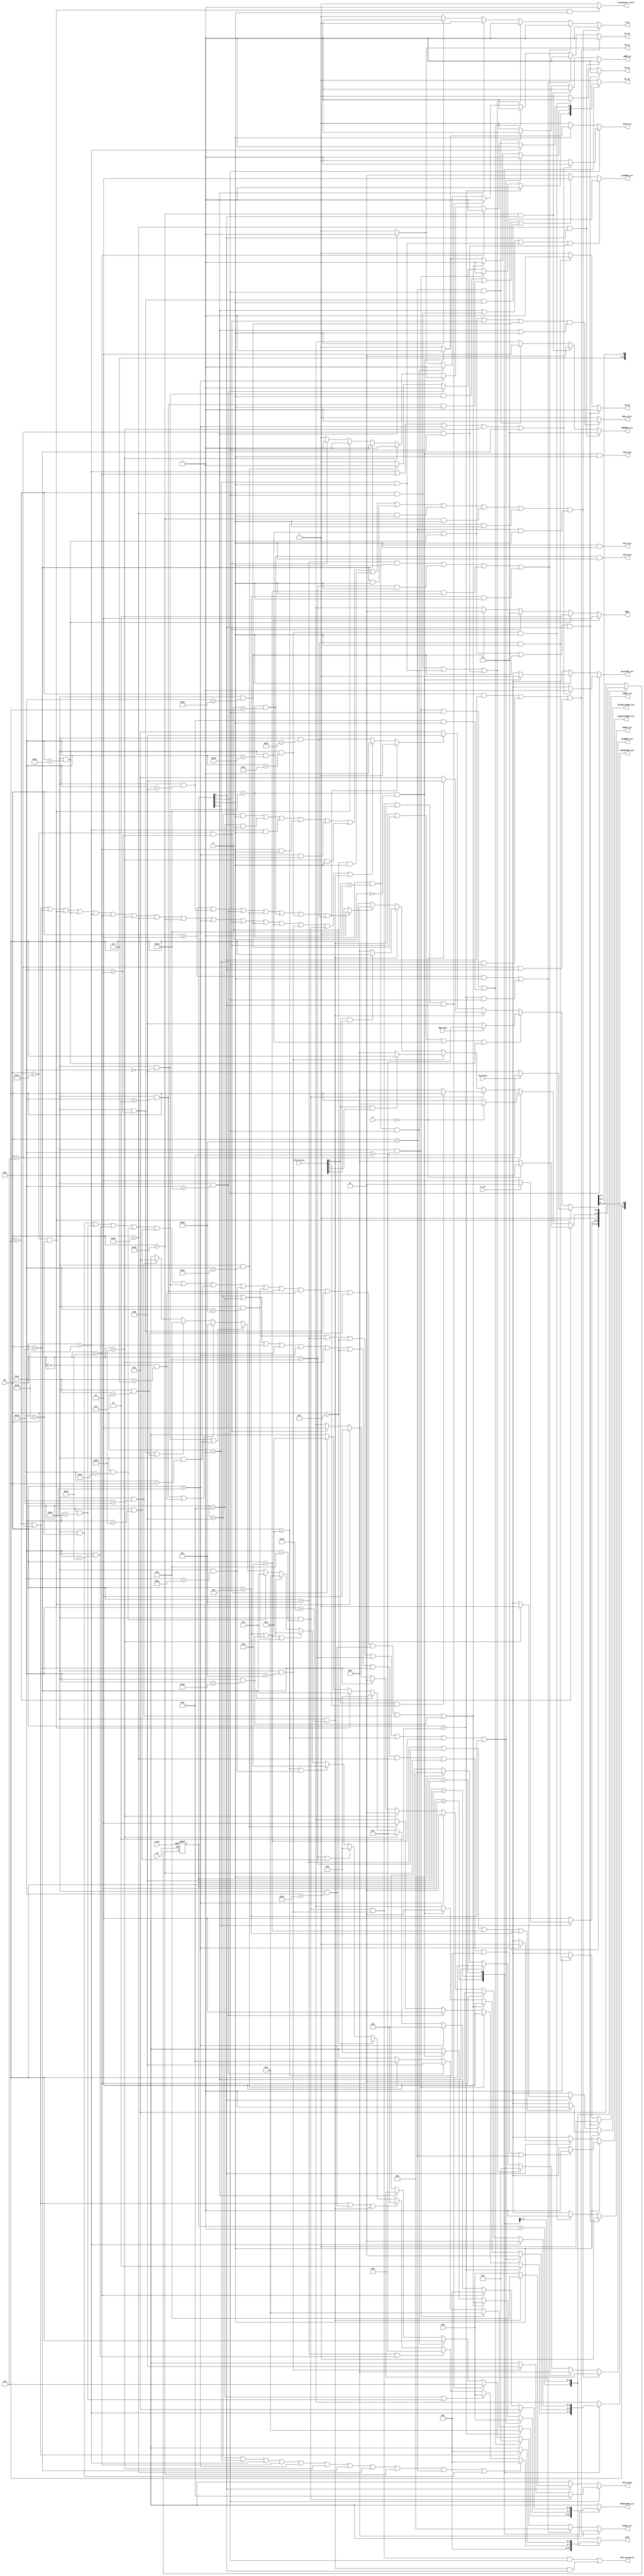
`define ALUC_ADDU 4'b0000
`define ALUC_ADD 4'b0010
`define ALUC_SUBU 4'b0001
`define ALUC_SUB 4'b0011
`define ALUC_AND 4'b0100
`define ALUC_OR 4'b0101
`define ALUC_XOR 4'b0110
`define ALUC_NOR 4'b0111
`define ALUC_LUI 4'b100x
`define ALUC_SLT 4'b1011
`define ALUC_SLTU 4'b1010
`define ALUC_SRA 4'b1100
`define ALUC_SLL 4'b111x
`define ALUC_SRL 4'b1101

`define MDUC_MULT 2'b00
`define MDUC_MULTU 2'b01
`define MDUC_DIV 2'b10
`define MDUC_DIVU 2'b11

`define OP_000000 6'b000000
`define FUNC_ADD 6'b100000//==`FUNC_CLZ
`define FUNC_ADDU 6'b100001
`define FUNC_SUB 6'b100010
`define FUNC_SUBU 6'b100011
`define FUNC_AND 6'b100100
`define FUNC_OR 6'b100101
`define FUNC_XOR 6'b100110
`define FUNC_NOR 6'b100111
`define FUNC_SLT 6'b101010
`define FUNC_SLTU 6'b101011
`define FUNC_SLL 6'b000000
`define FUNC_SRL 6'b000010//==`FUNC_MUL
`define FUNC_SRA 6'b000011
`define FUNC_SLLV 6'b000100
`define FUNC_SRLV 6'b000110
`define FUNC_SRAV 6'b000111
`define FUNC_JR 6'b001000
`define FUNC_DIV 6'b011010
`define FUNC_DIVU 6'b011011
`define FUNC_MULTU 6'b011001
`define FUNC_JALR 6'b001001
`define FUNC_MFHI 6'b010000
`define FUNC_MFLO 6'b010010
`define FUNC_MTHI 6'b010001
`define FUNC_MTLO 6'b010011
`define FUNC_SYSCALL 6'b001100
`define FUNC_TEQ 6'b110100
`define FUNC_BREAK 6'b001101

`define OP_010000 6'b010000
`define RS_ERET 5'b10000
`define RS_MFC0 5'b00000
`define RS_MTC0 5'b00100

`define OP_011100 6'b011100
`define FUNC_MUL 6'b000010
`define FUNC_CLZ 6'b100000

`define OP_ADDI 6'b001000
`define OP_ADDIU 6'b001001
`define OP_ANDI 6'b001100
`define OP_ORI 6'b001101
`define OP_XORI 6'b001110
`define OP_LW 6'b100011
`define OP_SW 6'b101011
`define OP_BEQ 6'b000100
`define OP_BNE 6'b000101
`define OP_SLTI 6'b001010
`define OP_SLTIU 6'b001011
`define OP_LUI 6'b001111
`define OP_J 6'b000010
`define OP_JAL 6'b000011
`define OP_LB 6'b100000
`define OP_LBU 6'b100100
`define OP_LH 6'b100001
`define OP_LHU 6'b100101
`define OP_SB 6'b101000
`define OP_SH 6'b101001
`define OP_BGEZ 6'b000001

module ControlUnit(
	input clk,
	input reset,
	input [5:0]op,
	input [4:0]rs,
	input [5:0]func,
	input [31:0]Z,
	input rs_31,
	input CLZ_busy,
	input MDU_busy,
	input [31:0]CP0_status,
	output reg [2:0]PCMUX_sel,
	output reg PC_we,
	output reg IR_we,
	//output reg DMEM_CS,
	//output reg DMEM_R,
	output reg DMEM_we,
	output reg [1:0]DMEMMUX_sel,
	output reg RF_we,
	output reg [1:0]RFAddrMUX_sel,
	output reg [3:0]RFDataMUX_sel,
	output reg [1:0]ALUAMUX_sel,
	output reg [2:0]ALUBMUX_sel,
	output reg [3:0]ALUC,
	output reg Z_we,
	output reg MDU_start,
	output reg [1:0]MDUC,
	output reg SaverMUX_sel,
	output reg Saver_we,
	output reg SignExt16MUX_sel,
	output reg ZeroExt16MUX_sel,
	output reg CLZCounter_start,
	output reg HIMUX_sel,
	output reg HI_we,
	output reg LOMUX_sel,
	output reg LO_we,
	output CP0_mfc0,
	output CP0_mtc0,
	output CP0_exception,
	output CP0_eret,
	output reg [3:0]CP0_cause
);
	
	wire ADDI = (op == `OP_ADDI);
	wire ADDIU = (op == `OP_ADDIU);
	wire ANDI = (op == `OP_ANDI);
	wire ORI = (op == `OP_ORI);
	wire SLTIU = (op == `OP_SLTIU);
	wire LUI = (op == `OP_LUI);
	wire XORI = (op == `OP_XORI);
	wire SLTI = (op == `OP_SLTI);
	wire ADDU = (op == `OP_000000 && func == `FUNC_ADDU);
	wire AND = (op == `OP_000000 && func == `FUNC_AND);
	wire BEQ = (op == `OP_BEQ);
	wire BNE = (op == `OP_BNE);
	wire J = (op == `OP_J);
	wire JAL = (op == `OP_JAL);
	wire JR = (op == `OP_000000 && func == `FUNC_JR);
	wire LW = (op == `OP_LW);
	wire XOR = (op == `OP_000000 && func == `FUNC_XOR);
	wire NOR = (op == `OP_000000 && func == `FUNC_NOR);
	wire OR = (op == `OP_000000 && func == `FUNC_OR);
	wire SLL = (op == `OP_000000 && func == `FUNC_SLL);
	wire SLLV = (op == `OP_000000 && func == `FUNC_SLLV);
	wire SLTU = (op == `OP_000000 && func == `FUNC_SLTU);
	wire SRA = (op == `OP_000000 && func == `FUNC_SRA);
	wire SRL = (op == `OP_000000 && func == `FUNC_SRL);
	wire SUBU = (op == `OP_000000 && func == `FUNC_SUBU);
	wire SW = (op == `OP_SW);
	wire ADD = (op == `OP_000000 && func == `FUNC_ADD);
	wire SUB = (op == `OP_000000 && func == `FUNC_SUB);
	wire SLT = (op == `OP_000000 && func == `FUNC_SLT);
	wire SRLV = (op == `OP_000000 && func == `FUNC_SRLV);
	wire SRAV = (op == `OP_000000 && func == `FUNC_SRAV);
	wire CLZ = (op == `OP_011100 && func == `FUNC_CLZ);
	wire DIVU = (op == `OP_000000 && func == `FUNC_DIVU);
	wire ERET = (op == `OP_010000 && rs == `RS_ERET);
	wire JALR = (op == `OP_000000 && func == `FUNC_JALR);
	wire LB = (op == `OP_LB);
	wire LBU = (op == `OP_LBU);
	wire LHU = (op == `OP_LHU);
	wire SB = (op == `OP_SB);
	wire SH = (op == `OP_SH);
	wire LH = (op == `OP_LH);
	wire MFC0 = (op == `OP_010000 && rs == `RS_MFC0);
	wire MFHI = (op == `OP_000000 && func == `FUNC_MFHI);
	wire MFLO = (op == `OP_000000 && func == `FUNC_MFLO);
	wire MTC0 = (op == `OP_010000 && rs == `RS_MTC0);
	wire MTHI = (op == `OP_000000 && func == `FUNC_MTHI);
	wire MTLO = (op == `OP_000000 && func == `FUNC_MTLO);
	wire MUL = (op == `OP_011100 && func == `FUNC_MUL);
	wire MULTU = (op == `OP_000000 && func == `FUNC_MULTU);
	wire SYSCALL = (op == `OP_000000 && func == `FUNC_SYSCALL);
	wire TEQ = (op == `OP_000000 && func == `FUNC_TEQ);
	wire BGEZ = (op == `OP_BGEZ);
	wire BREAK = (op == `OP_000000 && func == `FUNC_BREAK);
	wire DIV = (op == `OP_000000 && func == `FUNC_DIV);

	assign Z_zero = (Z == 32'b0);

	reg cycle2;
	reg cycle3;
	reg cycle4;
	always @(*) begin
		if(J | JR | MFHI | MFLO | MTC0 | MTHI | MTLO) begin
			//2
			cycle2 = 1;
			cycle3 = 0;
			cycle4 = 0;
		end else if(BEQ | BNE | LW | CLZ | DIVU | LB | LBU | LHU | SB | SH | LH | MUL | MULTU | DIV | SYSCALL | BREAK | TEQ) begin
			//4
			cycle2 = 0;
			cycle3 = 0;
			cycle4 = 1;
		end else begin
			//3
			cycle2 = 0;
			cycle3 = 1;
			cycle4 = 0;
		end
	end

	parameter t1 = 4'b0001;
	parameter t2 = 4'b0010;
	parameter t3 = 4'b0100;
	parameter t4 = 4'b1000;
	reg [3:0]current_state = t1;
	reg [3:0]next_state;
	//
	always @(posedge clk or posedge reset) begin
		if(reset) begin
			current_state <= t1;
		end else begin
			current_state <= next_state;
		end
	end

	always @(*) begin
		case(current_state)
			t1: begin
				if(BGEZ) begin
					if(rs_31) begin
						//rs
						next_state = t1;
					end else begin
						next_state = t2;
					end
				end else begin
					next_state = t2;
				end
			end
			t2: begin
				if(BEQ) begin
					//BEQ BNE[rs]-[rt]
					if(Z_zero) begin
						next_state = t3;
					end else begin
						next_state = t1;
					end
				end else if(BNE) begin
					if(Z_zero) begin
						next_state = t1;
					end else begin
						next_state = t3;
					end
				end else if(BREAK) begin
					if(CP0_status[0] & CP0_status[2]) begin
						next_state = t3;
					end else begin
						next_state = t1;
					end
				end else if(SYSCALL) begin
					if(CP0_status[0] & CP0_status[1]) begin
						next_state = t3;
					end else begin
						next_state = t1;
					end
				end else if(TEQ) begin
					if(CP0_status[0] & CP0_status[3]) begin
						next_state = t3;
					end else begin
						next_state = t1;
					end
				end else begin
					if(cycle2) begin
						next_state = t1;
					end else begin
						next_state = t3;
					end
				end
			end
			t3: begin
				if(CLZ) begin
					if(CLZ_busy) begin
						next_state = t3;
					end else begin
						next_state = t4;
					end
				end else if(MUL | MULTU | DIV | DIVU) begin
					if(MDU_busy) begin
						next_state = t3;
					end else begin
						next_state = t4;
					end
				end else if (TEQ) begin
					if(Z_zero) begin
						next_state = t4;
					end else begin
						next_state = t1;
					end
				end else begin
					if(cycle4) begin
						next_state = t4;
					end else begin
						next_state = t1;
					end
				end
			end
			t4: begin
				next_state = t1;
			end
			default: begin
				next_state = t1;
			end
		endcase
	end

	wire in1 = current_state[0];
	wire in2 = current_state[1];
	wire in3 = current_state[2];
	wire in4 = current_state[3];

	//PC
	always @(*) begin
		if((BEQ & in4)|(BGEZ & in3)|(BNE & in4)) begin
			PCMUX_sel = 3'b001;
			PC_we = 1;
		end else if((J & in2)|(JAL & in3)) begin
			PCMUX_sel = 3'b010;
			PC_we = 1;
		end else if((JALR & in3)|(JR & in2)) begin
			PCMUX_sel = 3'b011;
			PC_we = 1;
		end else if((BREAK | SYSCALL | TEQ) & in4) begin
			PCMUX_sel = 3'b101;
			PC_we = 1;
		end else if(ERET & in3) begin
			PCMUX_sel = 3'b100;
			PC_we = 1;
		end else if(in1) begin
			PCMUX_sel = 3'b000;
			PC_we = 1;
		end else begin
			PCMUX_sel = 3'bxxx;
			PC_we = 0;
		end
	end

	//IR
	always @(*) begin
		if(in1) begin
			IR_we = 1;
		end else begin
			IR_we = 0;
		end
	end

	//DMEM
	// always @(*) begin
	// 	//DMEM_CS
	// 	if(in3) begin
	// 		if(LH|LHU|LB|LBU|LW|SW) begin
	// 			DMEM_CS = 1'b1;
	// 		end else begin
	// 			DMEM_CS = 1'b0;
	// 		end
	// 	end else if(in4) begin
	// 		if(SB|SH) begin
	// 			DMEM_CS = 1'b1;
	// 		end else begin
	// 			DMEM_CS = 1'b0;
	// 		end
	// 	end else begin
	// 		DMEM_CS = 1'b0;
	// 	end
	// end
	// always @(*) begin
	// 	//DMEM_R
	// 	if(in3) begin
	// 		if(LH|LHU|LB|LBU|LW) begin
	// 			DMEM_R = 1'b1;
	// 		end else begin
	// 			DMEM_R = 1'b0;
	// 		end
	// 	end else begin
	// 		DMEM_R = 1'b0;
	// 	end
	// end
	always @(*) begin
		if(SB & in4) begin
			DMEM_we = 1;
			DMEMMUX_sel = 2'b00;
		end else if(SH & in4) begin
			DMEM_we = 1;
			DMEMMUX_sel = 2'b01;
		end else if(SW & in3) begin
			DMEM_we = 1;
			DMEMMUX_sel = 2'b10;
		end else begin
			DMEM_we = 0;
			DMEMMUX_sel = 2'bxx;
		end
	end

	//RegFile
	always @(*) begin
		case(current_state)
			t2: begin
				if(JAL) begin
					RF_we = 1;
					RFAddrMUX_sel = 2'b11;
					RFDataMUX_sel = 4'b0110;
				end else if(JALR) begin
					RF_we = 1;
					RFAddrMUX_sel = 2'b10;
					RFDataMUX_sel = 4'b0110;
				end else if(MFHI) begin
					RF_we = 1;
					RFAddrMUX_sel = 2'b10;
					RFDataMUX_sel = 4'b1000;
				end else if(MFLO) begin
					RF_we = 1;
					RFAddrMUX_sel = 2'b10;
					RFDataMUX_sel = 4'b1001;
				end else begin
					RF_we = 0;
					RFAddrMUX_sel = 2'bxx;
					RFDataMUX_sel = 4'bxxxx;
				end
			end
			t3: begin
				if(ADDI|ADDIU|ANDI|LUI|ORI|SLTI|SLTIU|XORI) begin
					RF_we = 1;
					RFAddrMUX_sel = 2'b01;
					RFDataMUX_sel = 4'b0000;
				end else if(ADD|ADDU|AND|NOR|OR|SLL|SLLV|SLT|SLTU|SRA|SRAV|SRL|SRLV|SUB|SUBU|XOR) begin
					RF_we = 1;
					RFAddrMUX_sel = 2'b10;
					RFDataMUX_sel = 4'b0000;
				end else if(MFC0) begin
					RF_we = 1;
					RFAddrMUX_sel = 2'b01;
					RFDataMUX_sel = 4'b0101;
				end else begin
					RF_we = 0;
					RFAddrMUX_sel = 2'bxx;
					RFDataMUX_sel = 4'bxxxx;
				end
			end
			t4: begin
				if(LB) begin
					RF_we = 1;
					RFAddrMUX_sel = 2'b01;
					RFDataMUX_sel = 4'b0001;
				end else if(LBU) begin
					RF_we = 1;
					RFAddrMUX_sel = 2'b01;
					RFDataMUX_sel = 4'b0010;
				end else if(LH) begin
					RF_we = 1;
					RFAddrMUX_sel = 2'b01;
					RFDataMUX_sel = 4'b0011;
				end else if(LHU) begin
					RF_we = 1;
					RFAddrMUX_sel = 2'b01;
					RFDataMUX_sel = 4'b0100;
				end else if(LW) begin
					RF_we = 1;
					RFAddrMUX_sel = 2'b01;
					RFDataMUX_sel = 4'b0101;
				end else if(CLZ) begin
					RF_we = 1;
					RFAddrMUX_sel = 2'b10;
					RFDataMUX_sel = 4'b0111;
				end else if(MUL) begin
					RF_we = 1;
					RFAddrMUX_sel = 2'b10;
					RFDataMUX_sel = 4'b1010;
				end else begin
					RF_we = 0;
					RFAddrMUX_sel = 2'bxx;
					RFDataMUX_sel = 4'bxxxx;
				end
			end
			default: begin
				RF_we = 0;
				RFAddrMUX_sel = 2'bxx;
				RFDataMUX_sel = 4'bxxxx;
			end
		endcase
	end

	//ALU
	always @(*) begin
		if(in1 |(BEQ & in3)|(BGEZ & in2)|(BNE & in3)) begin
			ALUAMUX_sel = 2'b00;
		end else if((SLL & in2)|(SRA & in2)|(SRL & in2)) begin
			ALUAMUX_sel = 2'b10;
		end else begin
			ALUAMUX_sel = 2'b01;
		end
	end
	always @(*) begin
		if((ADDI & in2)|(ADDIU & in2)|(LB & in2)|(LBU & in2)|(LH & in2)|(LHU & in2)|(LUI & in2)|(LW & in2)|(SB & in2)|(SH & in2)|(SLTI & in2)|(SW & in2))begin
			ALUBMUX_sel = 3'b000;
			Z_we = 1;
		end else if((ANDI & in2)|(ORI & in2)|(SLTIU & in2)|(XORI & in2)) begin
			ALUBMUX_sel = 3'b001;
			Z_we = 1;
		end else if((BEQ & in3)|(BGEZ & in2)|(BNE & in3)) begin
			ALUBMUX_sel = 3'b011;
			Z_we = 1;
		end else if(in1) begin
			ALUBMUX_sel = 3'b100;
			Z_we = 0;
		end else begin
			if(in2) begin
				ALUBMUX_sel = 3'b010;
				Z_we = 1;
			end else begin
				ALUBMUX_sel = 3'bxxx;
				Z_we = 0;
			end
		end
	end
	always @(*) begin
		case(current_state)
			t1: begin
				ALUC = `ALUC_ADD;
			end
			t2: begin
				if(ADDI|BGEZ|LB|LBU|LH|LHU|LW|SB|SH|SW|ADD) begin
					ALUC = `ALUC_ADD;
				end else if(ADDIU|ADDU) begin
					ALUC = `ALUC_ADDU;
				end else if(ANDI|AND) begin
					ALUC = `ALUC_AND;
				end else if(BEQ|BNE|SUB|TEQ) begin
					ALUC = `ALUC_SUB;
				end else if(LUI) begin
					ALUC = `ALUC_LUI;
				end else if(ORI|OR) begin
					ALUC = `ALUC_OR;
				end else if(SLTI|SLT) begin
					ALUC = `ALUC_SLT;
				end else if(SLTIU|SLTU) begin
					ALUC = `ALUC_SLTU;
				end else if(XORI|XOR) begin
					ALUC = `ALUC_XOR;
				end else if(NOR) begin
					ALUC = `ALUC_NOR;
				end else if(SLL|SLLV) begin
					ALUC = `ALUC_SLL;
				end else if(SRA|SRAV) begin
					ALUC = `ALUC_SRA;
				end else if(SRL|SRLV) begin
					ALUC = `ALUC_SRL;
				end else if(SUBU) begin
					ALUC = `ALUC_SUBU;
				end else begin
					ALUC = 4'bxxxx;
				end
			end
			t3: begin
				if(BEQ|BNE) begin
					ALUC = `ALUC_ADD;
				end else begin
					ALUC = 4'bxxxx;
				end
			end
			default: begin
				ALUC = 4'bxxxx;
			end
		endcase
	end

	//MDU
	always @(*) begin
		if((DIV|DIVU|MUL|MULTU)&(in1|in2)) begin
			MDU_start = 1;
		end else begin
			MDU_start = 0;
		end
	end
	always @(*) begin
		if(DIV) begin
			MDUC = 2'b10;
		end else if(DIVU) begin
			MDUC = 2'b11;
		end else if(MUL) begin
			MDUC = 2'b00;
		end else if(MULTU) begin
			MDUC = 2'b01;
		end else begin
			MDUC = 2'bxx;
		end
	end

	//Saver
	always @(*) begin
		if(in3) begin
			if(LB|LBU|LH|LHU|LW) begin
				SaverMUX_sel = 1;
				Saver_we = 1;
			end else begin
				SaverMUX_sel = 1'bx;
				Saver_we = 0;
			end
		end else if(in2) begin
			if(MFC0) begin
				SaverMUX_sel = 0;
				Saver_we = 1;
			end else begin
				SaverMUX_sel = 1'bx;
				Saver_we = 0;
			end
		end else begin
			SaverMUX_sel = 1'bx;
			Saver_we = 0;
		end
	end

	//SignExt16
	always @(*) begin
		if(in2) begin
			if(ADDI|ADDIU|LB|LBU|LH|LHU|LUI|LW|SB|SH|SLTI|SW) begin
				SignExt16MUX_sel = 1;
			end else begin
				SignExt16MUX_sel = 1'bx;
			end
		end else if(in4) begin
			if(LH) begin
				SignExt16MUX_sel = 0;
			end else begin
				SignExt16MUX_sel = 1'bx;
			end
		end else begin
			SignExt16MUX_sel = 1'bx;
		end
	end

	//ZeroExt16
	always @(*) begin
		if(in2) begin
			if(ANDI|ORI|SLTIU|XORI) begin
				ZeroExt16MUX_sel = 1;
			end else begin
				ZeroExt16MUX_sel = 1'bx;
			end
		end else if(in4) begin
			if(LHU) begin
				ZeroExt16MUX_sel = 0;
			end else begin
				ZeroExt16MUX_sel = 1'bx;
			end
		end else begin
			ZeroExt16MUX_sel = 1'bx;
		end
	end

	//CLZCounter
	always @(*) begin
		if(CLZ & in2) begin
			CLZCounter_start = 1;
		end else begin
			CLZCounter_start = 0;
		end
	end

	//HI LO
	always @(*) begin
		if((DIV|DIVU|MULTU)&in4) begin
			HIMUX_sel = 0;
			HI_we = 1;
		end else if(MTHI & in2) begin
			HIMUX_sel = 1;
			HI_we = 1;
		end else begin
			HIMUX_sel = 1'bx;
			HI_we = 0;
		end
	end

	always @(*) begin
		if((DIV|DIVU|MULTU)&in4) begin
			LOMUX_sel = 0;
			LO_we = 1;
		end else if(MTLO & in2) begin
			LOMUX_sel = 1;
			LO_we = 1;
		end else begin
			LOMUX_sel = 1'bx;
			LO_we = 0;
		end
	end

	//CP0
	assign CP0_mfc0 = (MFC0 & in2);
	assign CP0_mtc0 = (MTC0 & in2);
	assign CP0_exception = (((BREAK|SYSCALL) & in3)|(TEQ & in4));
	assign CP0_eret = (ERET & in2);
	always @(*) begin
		if(in3) begin
			if(BREAK) begin
				CP0_cause = 4'b1001;
			end else if(SYSCALL) begin
				CP0_cause = 4'b1000;
			end else begin
				CP0_cause = 4'bxxxx;
			end
		end else if(in4) begin
			if(TEQ) begin
				CP0_cause = 4'b1101;
			end else begin
				CP0_cause = 4'b0000;
			end
		end else begin
			CP0_cause = 4'bxxxx;
		end
	end
endmodule